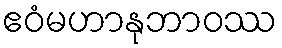
ဧဝံမဟာနုဘာဝဿ